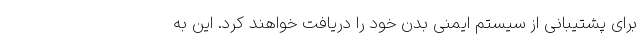
برای پشتیبانی از سیستم ایمنی بدن خود را دریافت خواهند کرد. این به